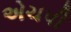
એચપી